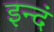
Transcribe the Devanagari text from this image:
इन्दं